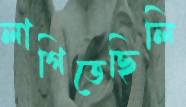
লাগিতেছিলি